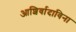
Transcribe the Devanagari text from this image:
आशिर्वादाविना